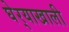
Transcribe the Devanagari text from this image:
घेर्‍याखाली